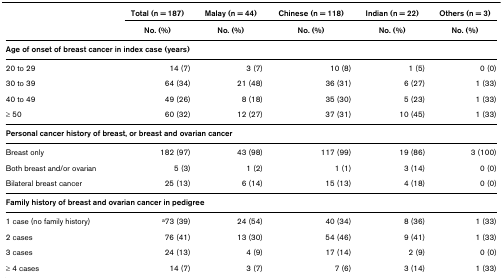
|  | Total (n = 187) | Malay (n = 44) | Chinese (n = 118) | Indian (n = 22) | Others (n = 3) |
 |  | No. (%) | No. (%) | No. (%) | No. (%) | No. (%) |
 | --- | --- | --- | --- | --- | --- |
 | <COLSPAN=6> Age of onset of breast cancer in index case (years) |
 | 20 to 29 | 14 (7) | 3 (7) | 10 (8) | 1 (5) | 0 (0) |
 | 30 to 39 | 64 (34) | 21 (48) | 36 (31) | 6 (27) | 1 (33) |
 | 40 to 49 | 49 (26) | 8 (18) | 35 (30) | 5 (23) | 1 (33) |
 | ≥ 50 | 60 (32) | 12 (27) | 37 (31) | 10 (45) | 1 (33) |
 | <COLSPAN=6> Personal cancer history of breast, or breast and ovarian cancer |
 | Breast only | 182 (97) | 43 (98) | 117 (99) | 19 (86) | 3 (100) |
 | Both breast and/or ovarian | 5 (3) | 1 (2) | 1 (1) | 3 (14) | 0 (0) |
 | Bilateral breast cancer | 25 (13) | 6 (14) | 15 (13) | 4 (18) | 0 (0) |
 | <COLSPAN=6> Family history of breast and ovarian cancer in pedigree |
 | 1 case (no family history) | a73 (39) | 24 (54) | 40 (34) | 8 (36) | 1 (33) |
 | 2 cases | 76 (41) | 13 (30) | 54 (46) | 9 (41) | 1 (33) |
 | 3 cases | 24 (13) | 4 (9) | 17 (14) | 2 (9) | 0 (0) |
 | ≥ 4 cases | 14 (7) | 3 (7) | 7 (6) | 3 (14) | 1 (33) |